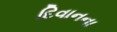
દિવાનના